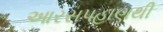
આરસપહાણથી